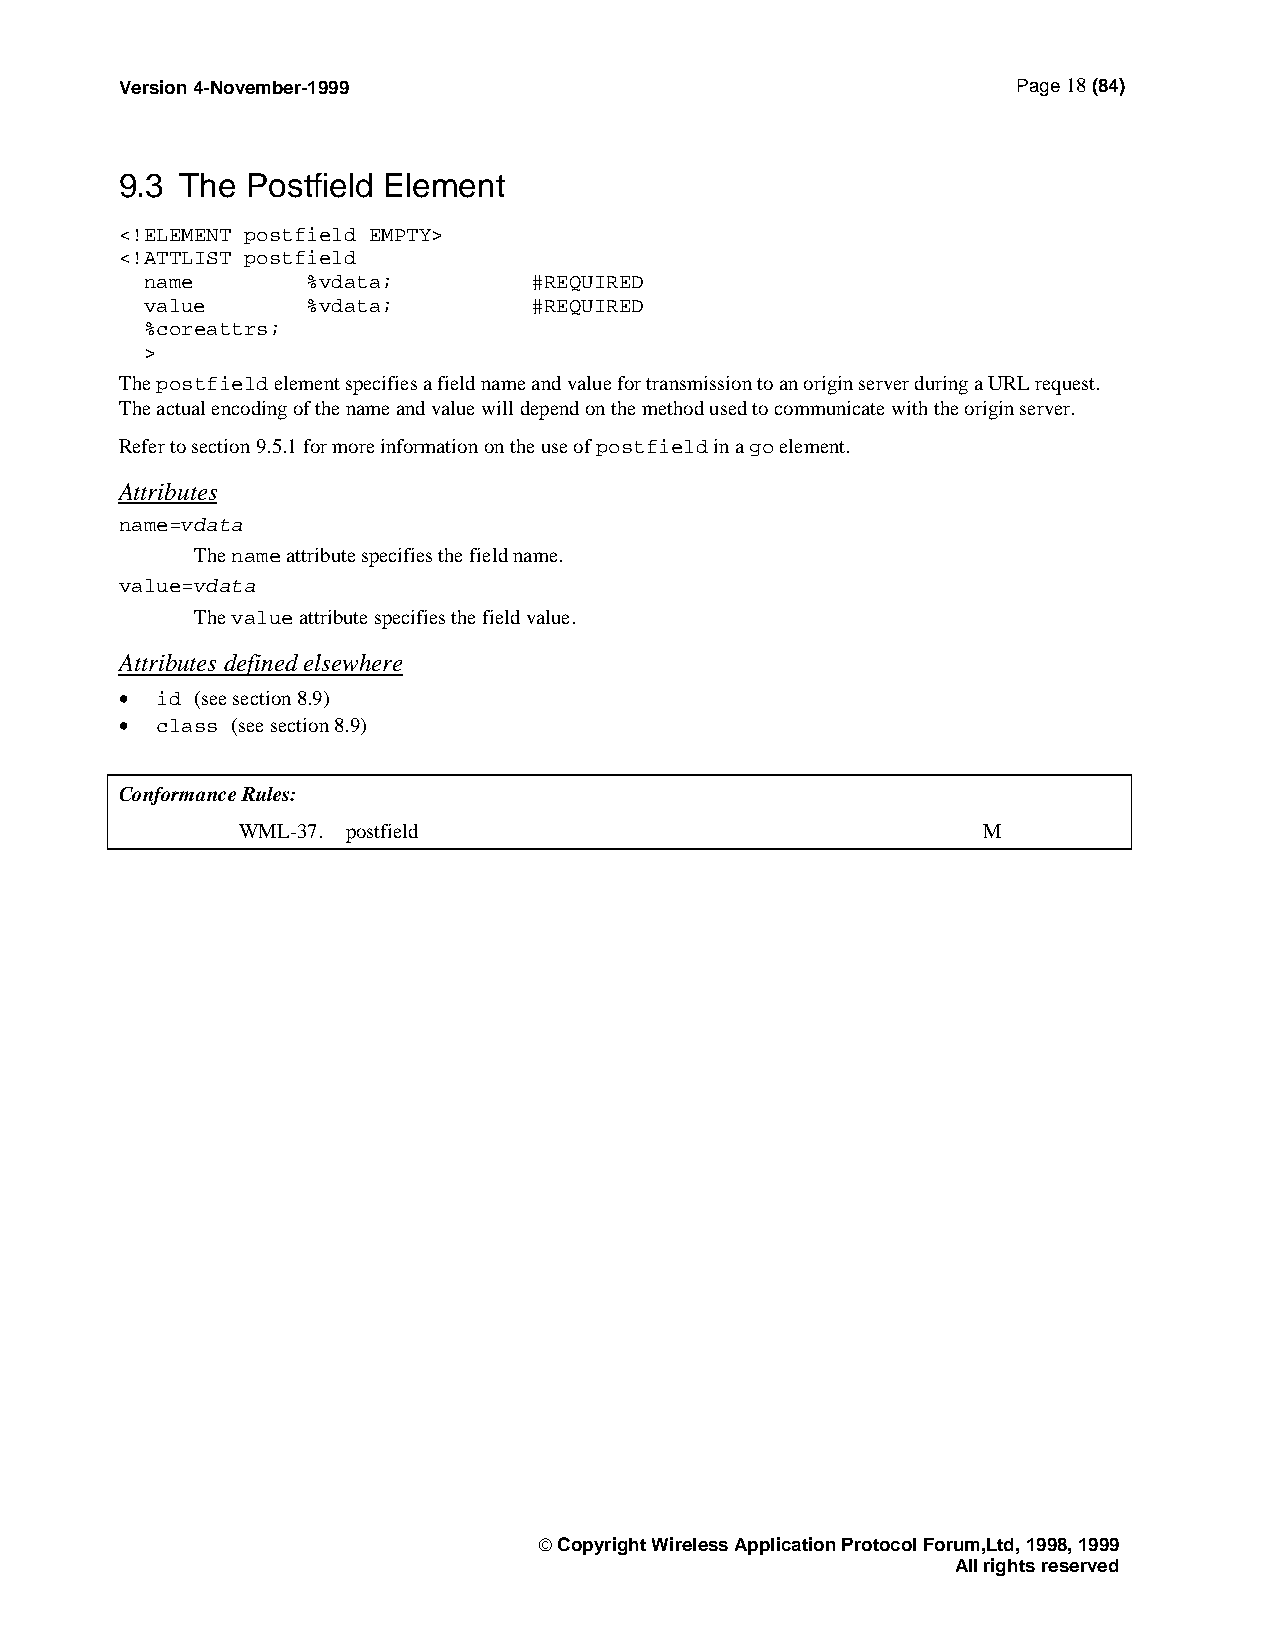
Version 4-November-1999                                    Page 18 (84)
 9.3 The Postfield Element
 <!ELEMENT postfield EMPTY>
 <!ATTLIST postfield
 name      %vdata;        #REQUIRED
 value     %vdata;        #REQUIRED
 %coreattrs;
 >
 The postfield element specifies a field name and value for transmission to an origin server during a URL request.
 The actual encoding of the name and value will depend on the method used to communicate with the origin server.
 Refer to section 9.5.1 for more information on the use of postfield in a go element.
 Attributes
 name=vdata
 The name attribute specifies the field name.
 value=vdata
 The value attribute specifies the field value.
 Attributes defined elsewhere
 • id (see section 8.9)
 • class (see section 8.9)
 Conformance Rules:
 WML-37. postfield                                M
  Copyright Wireless Application Protocol Forum,Ltd, 1998, 1999
 All rights reserved